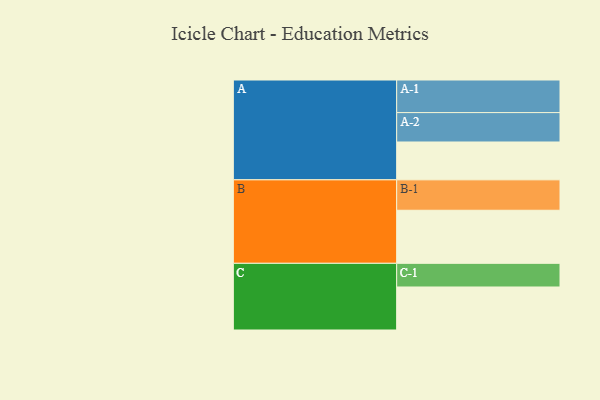
{"axis": {"x": "Segment", "y": "Value"}, "legend": ["", "A", "B", "C"], "data": [{"x": "A", "y": 331, "type": ""}, {"x": "B", "y": 464, "type": ""}, {"x": "C", "y": 376, "type": ""}, {"x": "A-1", "y": 285, "type": "A"}, {"x": "A-2", "y": 257, "type": "A"}, {"x": "B-1", "y": 266, "type": "B"}, {"x": "C-1", "y": 207, "type": "C"}]}